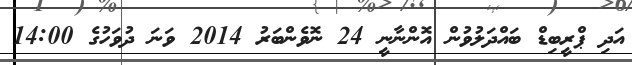
އަދި ޕްރީބިޑް ބައްދަލުވުން އޮންނާނީ 24 ނޮވެންބަރު 2014 ވަނަ ދުވަހުގެ 14:00